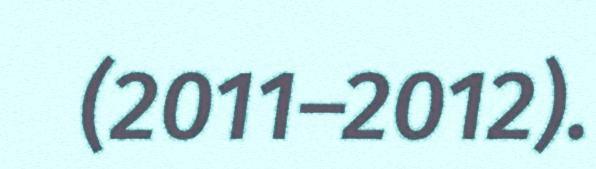
(2011–2012).